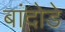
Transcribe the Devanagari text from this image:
बांदोडे